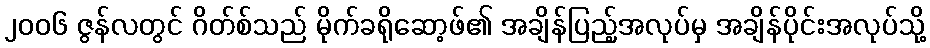
၂၀၀၆ ဇွန်လတွင် ဂိတ်စ်သည် မိုက်ခရိုဆော့ဖ်၏ အချိန်ပြည့်အလုပ်မှ အချိန်ပိုင်းအလုပ်သို့